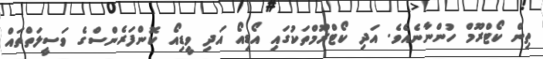
ތިން ކޯޓްރޫމް ހުންނާނެއެވެ. އަދި ކޯޓްރޫމްތަކުގައި އޯޑިއޯ އަދި ވީޑިއޯ ކޮންފަރެންސްގެ ވަސީލަތްތައް